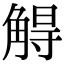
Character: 䚟